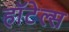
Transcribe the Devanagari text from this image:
हाॅटेल्स